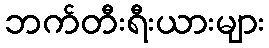
ဘက်တီးရီးယားများ